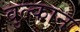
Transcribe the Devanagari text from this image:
वुल्कान